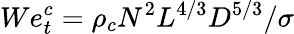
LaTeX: We_{t}^{c}=\rho_{c}N^{2}L^{4/3}D^{5/3}/\sigma